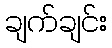
ချက်ချင်း